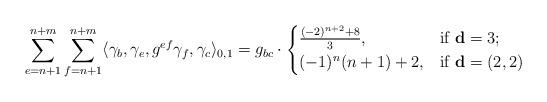
LaTeX: \begin{align*}\sum_{e=n+1}^{n+m}\sum_{f=n+1}^{n+m}\langle \gamma_b, \gamma_e, g^{ef}\gamma_f,\gamma_c\rangle_{0,1}=g_{bc}\cdot\begin{cases}\frac{(-2)^{n+2}+8}{3},& \mbox{if}\ \mathbf{d}=3;\\ (-1)^n(n+1)+2, & \mbox{if}\ \mathbf{d}=(2,2)\end{cases}\end{align*}